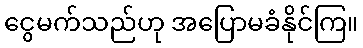
ငွေမက်သည်ဟု အပြောမခံနိုင်ကြ။